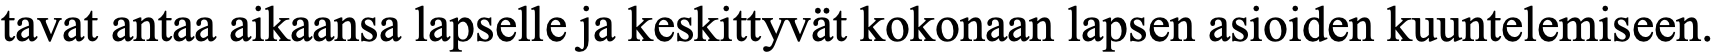
tavat antaa aikaansa lapselle ja keskittyvät kokonaan lapsen asioiden kuuntelemiseen.